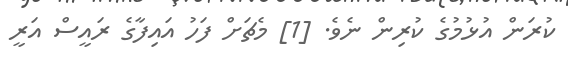
ކުރަން އުޅުމުގެ ކުރިން ނެވެ. [1] މެޗަށް ފަހު އައިފާގެ ރައީސް އަރީ